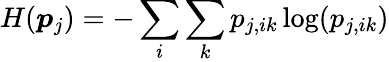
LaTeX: H(\boldsymbol{p}_{j})=-\sum_{i}\sum_{k}p_{j,ik}\log(p_{j,ik})